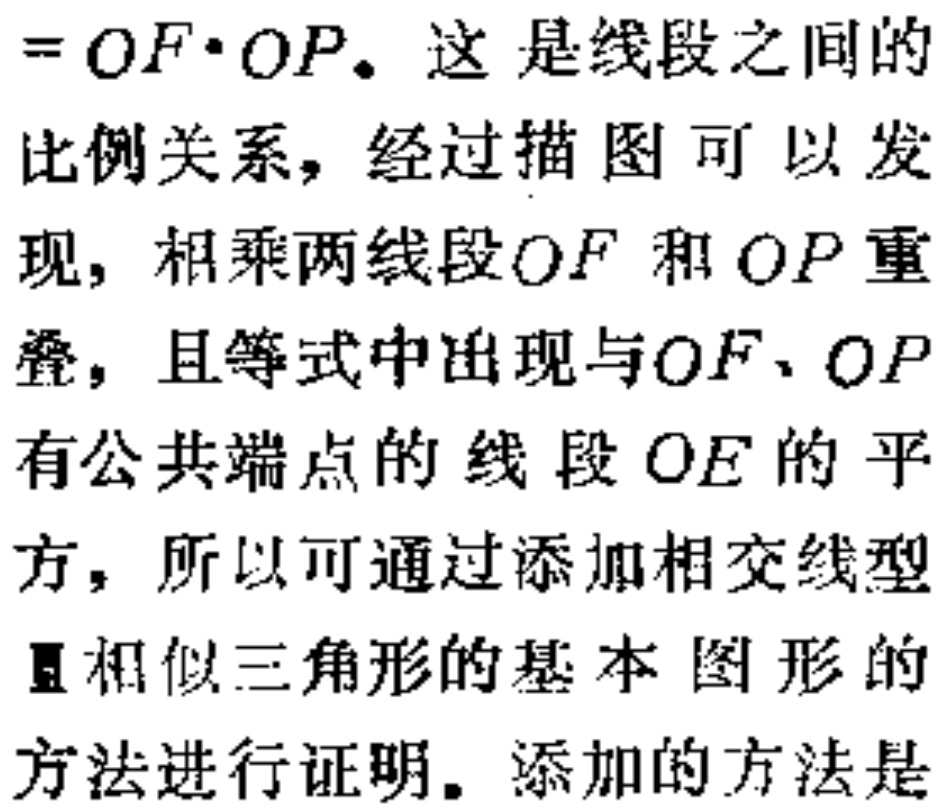
$=OF\cdot OP。这是线段之间的比例关系，经过描图可以发现，相乘两线段OF和OP重叠，且等式中出现与OF、OP有公共端点的线段OE的平方，所以可通过添加相交线型Ⅱ相似三角形的基本图形的方法进行证明。添加的方法是$